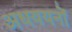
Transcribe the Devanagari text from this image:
अधययनों